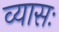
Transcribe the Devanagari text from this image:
व्यासः